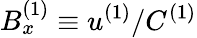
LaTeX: B_{x}^{(1)}\equiv u^{(1)}/C^{(1)}